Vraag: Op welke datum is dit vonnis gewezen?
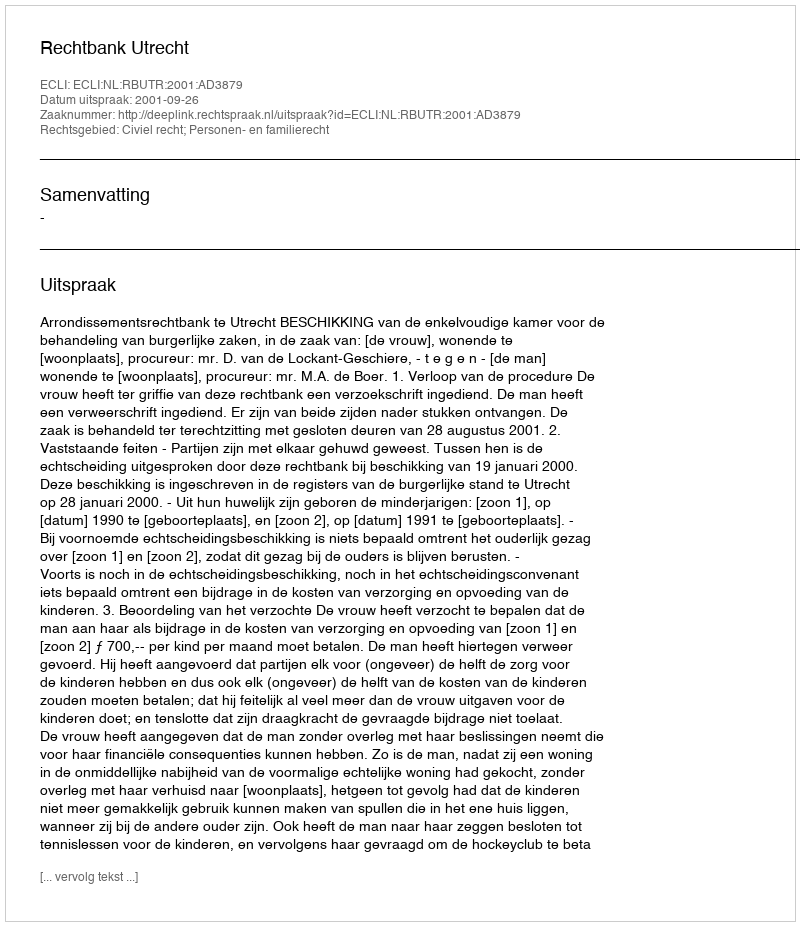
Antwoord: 2001-09-26